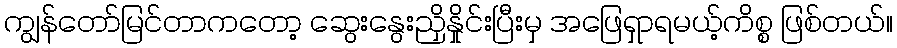
ကျွန်တော်မြင်တာကတော့ ဆွေးနွေးညှိနှိုင်းပြီးမှ အဖြေရှာရမယ့်ကိစ္စ ဖြစ်တယ်။